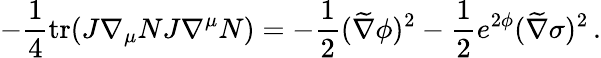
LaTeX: -{\frac{1}{4}}\mathrm{tr}(J\nabla_{\mu}NJ\nabla^{\mu}N)=-{\frac{1}{2}}(\widetilde\nabla\phi)^{2}-{\frac{1}{2}}e^{2\phi}(\widetilde\nabla\sigma)^{2}\, .